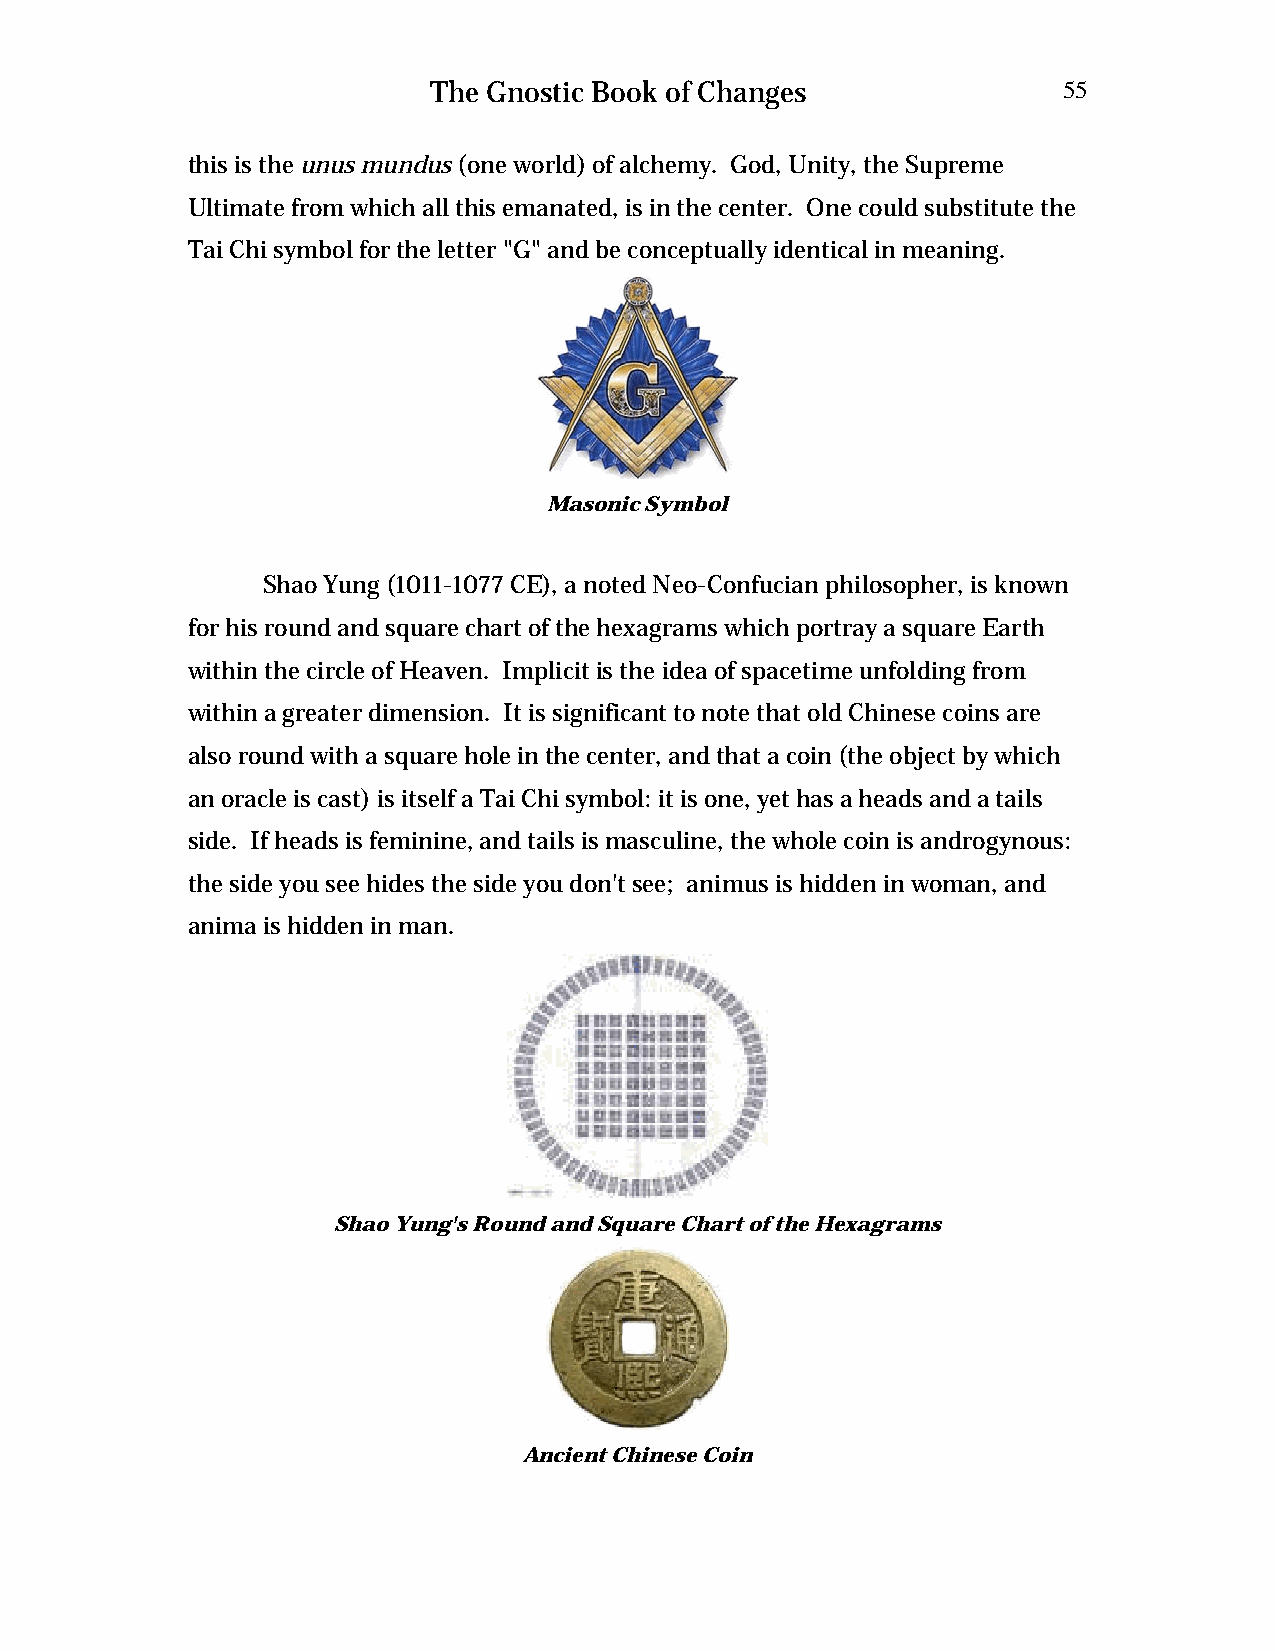
The Gnostic Book of Changes              55
 this is the unus mundus (one world) of alchemy. God, Unity, the Supreme
 Ultimate from which all this emanated, is in the center. One could substitute the
 Tai Chi symbol for the letter "G" and be conceptually identical in meaning.
 Masonic Symbol
 Shao Yung (1011-1077 CE), a noted Neo-Confucian philosopher, is known
 for his round and square chart of the hexagrams which portray a square Earth
 within the circle of Heaven. Implicit is the idea of spacetime unfolding from
 within a greater dimension. It is significant to note that old Chinese coins are
 also round with a square hole in the center, and that a coin (the object by which
 an oracle is cast) is itself a Tai Chi symbol: it is one, yet has a heads and a tails
 side. If heads is feminine, and tails is masculine, the whole coin is androgynous:
 the side you see hides the side you don't see; animus is hidden in woman, and
 anima is hidden in man.
 Shao Yung's Round and Square Chart of the Hexagrams
 Ancient Chinese Coin